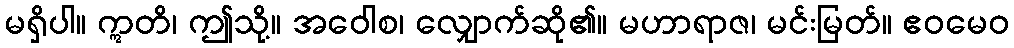
မရှိပါ။ ဣတိ၊ ဤသို့။ အဝေါစ၊ လျှောက်ဆို၏။ မဟာရာဇ၊ မင်းမြတ်။ ဧဝမေဝ